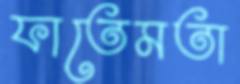
ফাতেমতা